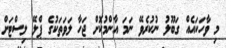
މި ވާހަކައެއް ގަބޫލު ނުކުރެވޭ ނަމަ އާންމުކޮށް ޖަހާ ލަވަތަކުގެ ޕްލޭ ލިސްޓަށް